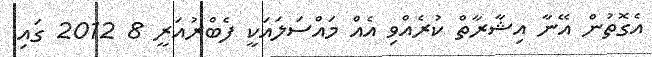
އެގޮތުން އޭނާ އިޝާރާތް ކުރެއްވި އެއް މައްސަލައަކީ ފެބްރުއަރީ 8 2012 ގައި